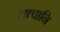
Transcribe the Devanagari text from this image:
तत्त्वानि